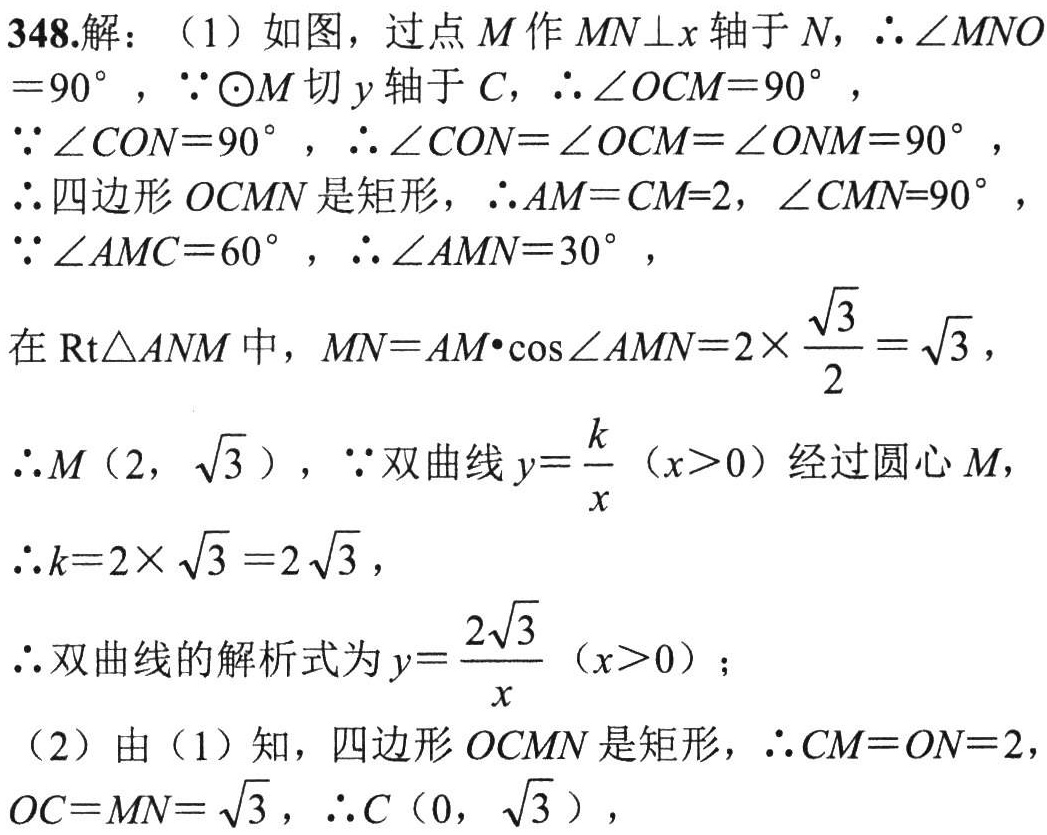
348.解：（1）如图，过点\(M\)作\(MN\perp x\)轴于\(N\)，\(\therefore \angle MNO = 90^{\circ}\)，\(\because \odot M\)切\(y\)轴于\(C\)，\(\therefore \angle OCM = 90^{\circ}\)，

\(\because \angle CON = 90^{\circ}\)，\(\therefore \angle CON=\angle OCM=\angle ONM = 90^{\circ}\)，

\(\therefore\)四边形\(OCMN\)是矩形，\(\therefore AM = CM = 2\)，\(\angle CMN = 90^{\circ}\)，

\(\because \angle AMC = 60^{\circ}\)，\(\therefore \angle AMN = 30^{\circ}\)，

在\(\text{Rt}\triangle ANM\)中，\(MN = AM\cdot\cos\angle AMN = 2\times\frac{\sqrt{3}}{2}=\sqrt{3}\)，

\(\therefore M(2,\sqrt{3})\)，\(\because\)双曲线\(y = \frac{k}{x}(x > 0)\)经过圆心\(M\)，

\(\therefore k = 2\times\sqrt{3}=2\sqrt{3}\)，

\(\therefore\)双曲线的解析式为\(y = \frac{2\sqrt{3}}{x}(x > 0)\)；

（2）由（1）知，四边形\(OCMN\)是矩形，\(\therefore CM = ON = 2\)，\(OC = MN=\sqrt{3}\)，\(\therefore C(0,\sqrt{3})\)，